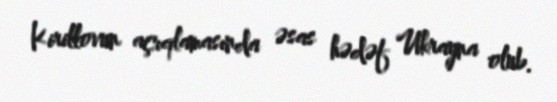
Kirillovun açıqlamasında əsas hədəf Ukrayna olub.